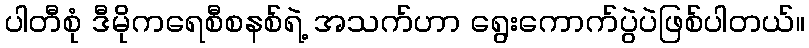
ပါတီစုံ ဒီမိုကရေစီစနစ်ရဲ့ အသက်ဟာ ရွေးကောက်ပွဲပဲဖြစ်ပါတယ်။